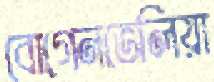
বোগেনভেলিয়া